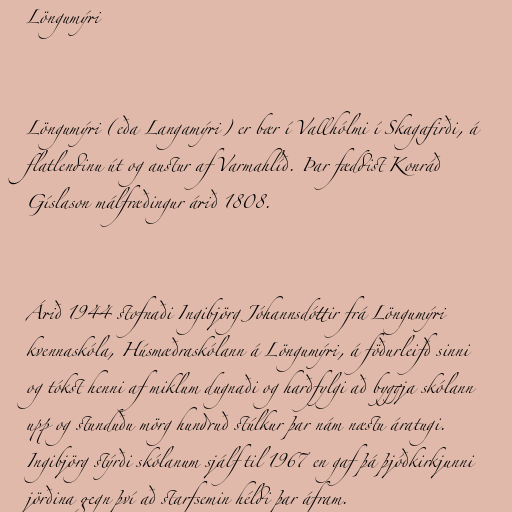
Löngumýri

Löngumýri (eða Langamýri) er bær í Vallhólmi í Skagafirði, á
flatlendinu út og austur af Varmahlíð. Þar fæddist Konráð
Gíslason málfræðingur árið 1808.

Árið 1944 stofnaði Ingibjörg Jóhannsdóttir frá Löngumýri
kvennaskóla, Húsmæðraskólann á Löngumýri, á föðurleifð sinni
og tókst henni af miklum dugnaði og harðfylgi að byggja skólann
upp og stunduðu mörg hundruð stúlkur þar nám næstu áratugi.
Ingibjörg stýrði skólanum sjálf til 1967 en gaf þá þjóðkirkjunni
jörðina gegn því að starfsemin héldi þar áfram.